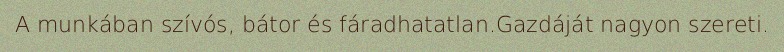
A munkában szívós, bátor és fáradhatatlan.Gazdáját nagyon szereti.